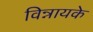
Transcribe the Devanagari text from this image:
विन्नायके